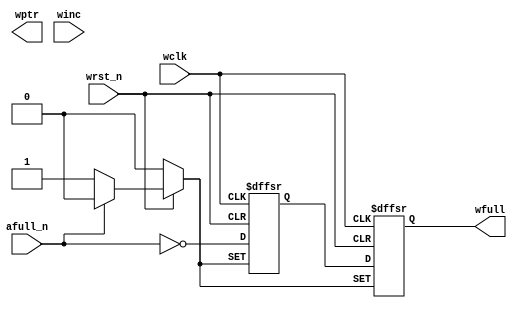
module wptr_full #(
  parameter ASIZE = 4
)(
  output             wfull,
  output [ASIZE-1:0] wptr,
  input              afull_n,
  input              winc, wclk, wrst_n
);
  reg  wfull, wfull2;
  reg  [ASIZE-1:0] wbin,      wgray;
  wire [ASIZE-1:0] wbin_next, wgray_next;

  // * binary & gray pointer counter
  always @ (posedge wclk or negedge wrst_n) begin
    if (!wrst_n) {wbin, wgray} <= 0;
    else         {wbin, wgray} <= {wbin_next, wgray_next};
  end
  assign rbin_next  = winc & ~wfull ? wbin + 1 : wbin;
  assign rgray_next = (wbin_next >> 1 ) ^ wbin_next;
  
  // * wfull: asyncronized full
  always @ (posedge wclk or negedge wrst_n or negedge afull_n) begin
    if      (!wrst_n ) {wfull, wfull2} <= 2'b00;
    else if (!afull_n) {wfull, wfull2} <= 2'b11;
    else               {wfull, wfull2} <= {wfull2, ~afull_n};
  end

endmodule